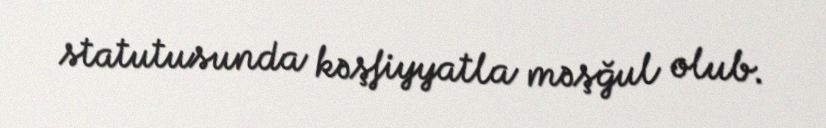
statutusunda kəşfiyyatla məşğul olub.